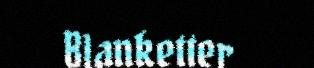
Blanketter